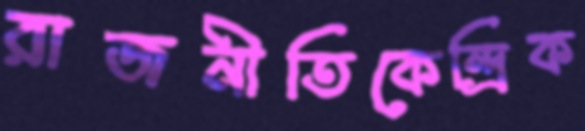
রাজনীতিকেন্দ্রিক